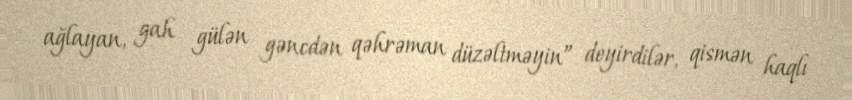
ağlayan, gah gülən gəncdən qəhrəman düzəltməyin” deyirdilər, qismən haqlı